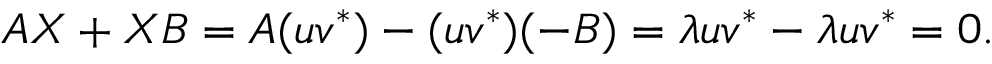
A X + X B = A ( u v ^ { * } ) - ( u v ^ { * } ) ( - B ) = \lambda u v ^ { * } - \lambda u v ^ { * } = 0 .